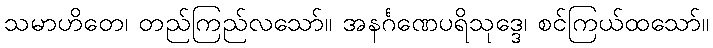
သမာဟိတေ၊ တည်ကြည်လသော်။ အနင်္ဂဏေပရိသုဒ္ဒေ၊ စင်ကြယ်ထသော်။